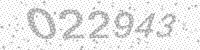
Solution: 022943